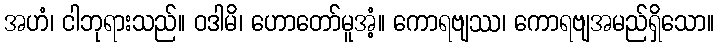
အဟံ၊ ငါဘုရားသည်။ ဝဒါမိ၊ ဟောတော်မူအံ့။ ကောရဗျဿ၊ ကောရဗျအမည်ရှိသော။